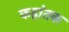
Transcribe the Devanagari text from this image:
कहांतक